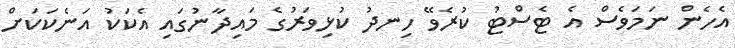
އެހެން ނަމަވެސް އެ ޓެސްޓު ކުރެވޭ ހިނދު ކުޅިވަރުގެ މައިދާނުގައި އެކަކު އަނެކަކަށް